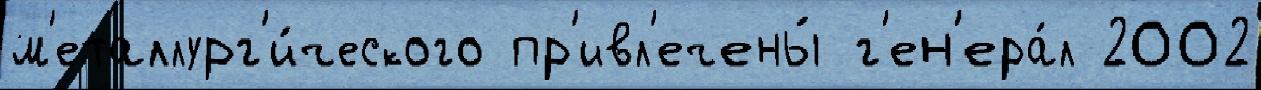
м'еталлург'и́ческого пр'ивл'ечены́ г'ен'ера́л 2002